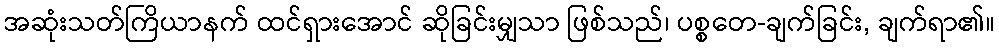
အဆုံးသတ်ကြိယာနက် ထင်ရှားအောင် ဆိုခြင်းမျှသာ ဖြစ်သည်၊ ပစ္စတေ-ချက်ခြင်း, ချက်ရာ၏။